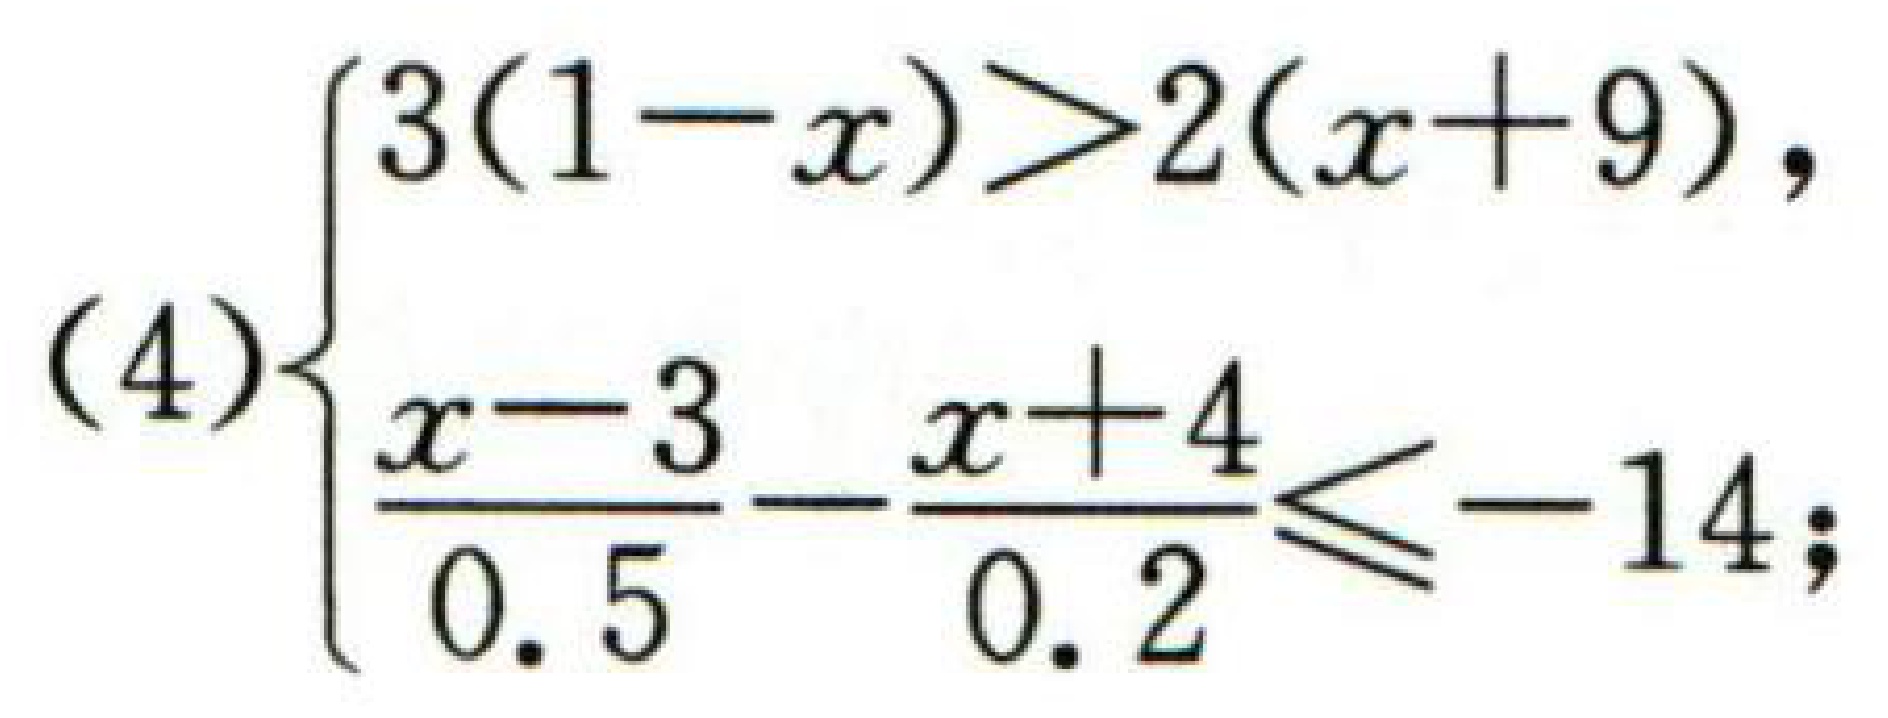
\[

(4)\left\{

\begin{array}{l}

3(1 - x)>2(x + 9),\\

\frac{x - 3}{0.5}-\frac{x + 4}{0.2}\leq - 14;

\end{array}

\right.

\]